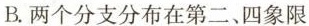
B.两个分支分布在第二、四象限